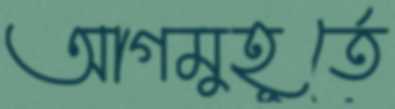
আগমুহূর্তে